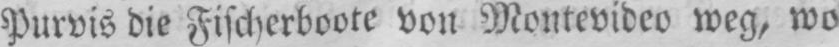
Purvis die Fischerboote vou Montevideo weg, wo